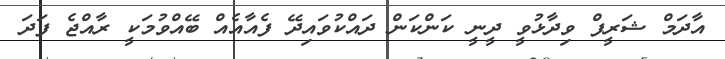
އާދަމް ޝަރީފް ވިދާޅުވީ ދީނީ ކަންކަން ދައްކުވައިދޭ ފެއާއެއް ބޭއްވުމަކީ ރާއްޖެ ފަދަ